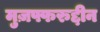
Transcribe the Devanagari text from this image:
मुज़फ्फरुद्दीन